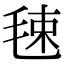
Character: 𣭴